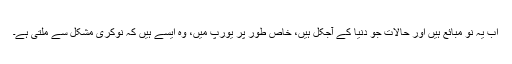
اب یہ نو مبائع ہیں اور حالات جو دنیا کے آجکل ہیں، خاص طور پر یورپ میں، وہ ایسے ہیں کہ نوکری مشکل سے ملتی ہے۔